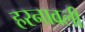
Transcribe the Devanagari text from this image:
हरनावली